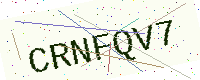
Text: CRNFQV7